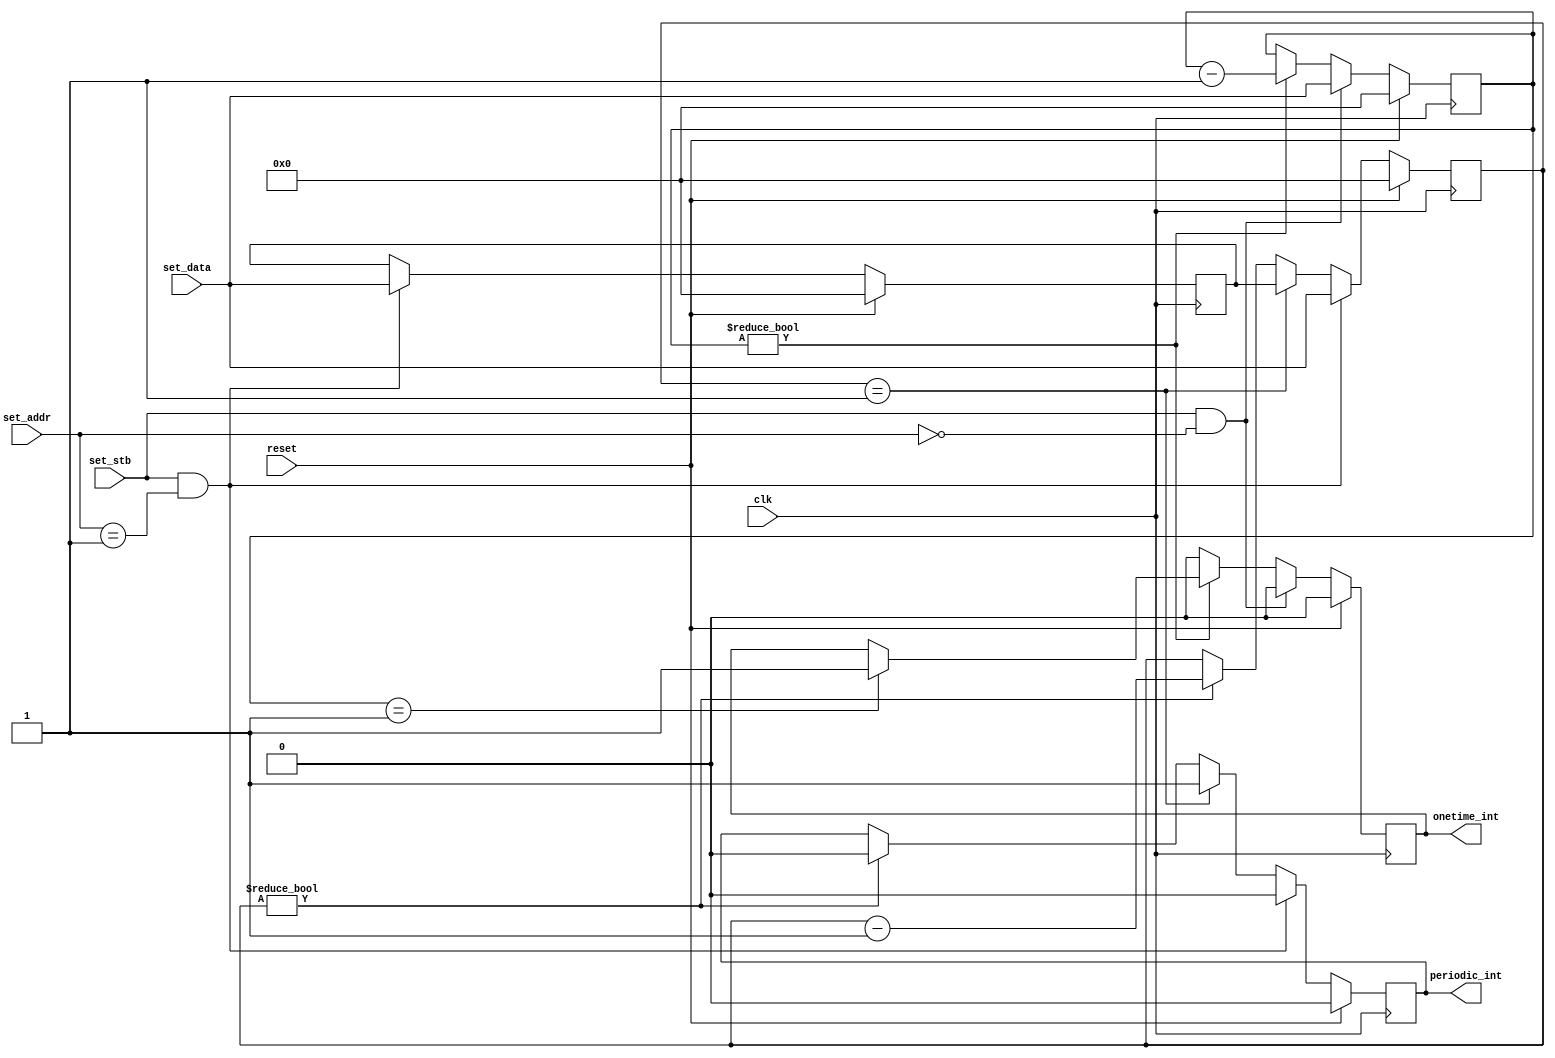


module simple_timer
  #(parameter BASE=0)
   (input clk, input reset,
    input set_stb, input [7:0] set_addr, input [31:0] set_data,
    output reg onetime_int, output reg periodic_int);

   reg [31:0]  onetime_ctr;
   always @(posedge clk)
     if(reset)
       begin
	  onetime_int 	  <= 0;
	  onetime_ctr 	  <= 0;
       end
     else
       if(set_stb & (set_addr == BASE))
	 begin
	    onetime_int   <= 0;
	    onetime_ctr   <= set_data;
	 end
       else 
	 begin
	    if(onetime_ctr == 1)
	      onetime_int <= 1;
	    if(onetime_ctr != 0)
	      onetime_ctr <= onetime_ctr - 1;
	    else
	      onetime_int <= 0;
	 end // else: !if(set_stb & (set_addr == BASE))
   
   reg [31:0]  periodic_ctr, period;
   always @(posedge clk)
     if(reset)
       begin
	  periodic_int 	     <= 0;
	  periodic_ctr 	     <= 0;
	  period 	     <= 0;
       end
     else
       if(set_stb & (set_addr == (BASE+1)))
	 begin
	    periodic_int     <= 0;
	    periodic_ctr     <= set_data;
	    period 	     <= set_data;
	 end
       else 
	 if(periodic_ctr == 1)
	   begin
	      periodic_int   <= 1;
	      periodic_ctr   <= period;
	   end
	 else
	   if(periodic_ctr != 0)
	     begin
		periodic_int <= 0;
		periodic_ctr <= periodic_ctr - 1;
	     end
   
endmodule // simple_timer